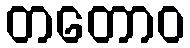
တတောဝ